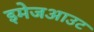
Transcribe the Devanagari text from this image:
इमेजआउट